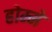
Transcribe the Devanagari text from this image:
होम्मे